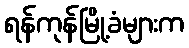
ရန်ကုန်မြို့ခံများက